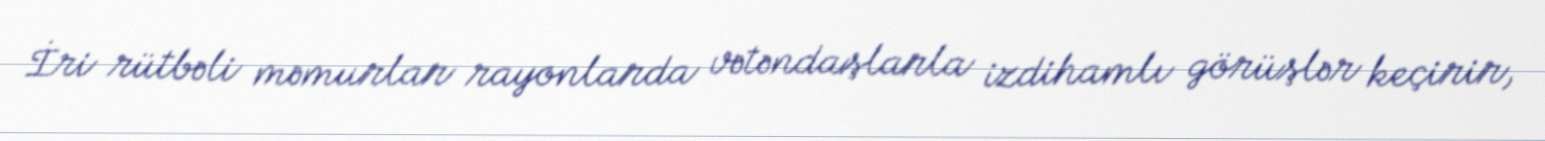
İri rütbəli məmurlar rayonlarda vətəndaşlarla izdihamlı görüşlər keçirir,